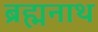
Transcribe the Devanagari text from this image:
ब्रह्मनाथ